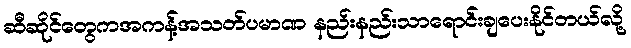
ဆီဆိုင်တွေကအကန့်အသတ်ပမာဏ နည်းနည်းသာရောင်းချပေးနိုင်တယ်လို့